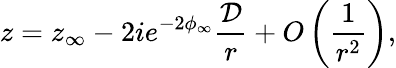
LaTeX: z=z_{\infty}-2ie^{-2\phi_{\infty}}\frac{{\cal D}}{r}+O\left(\frac{1}{r^{2}}\right),